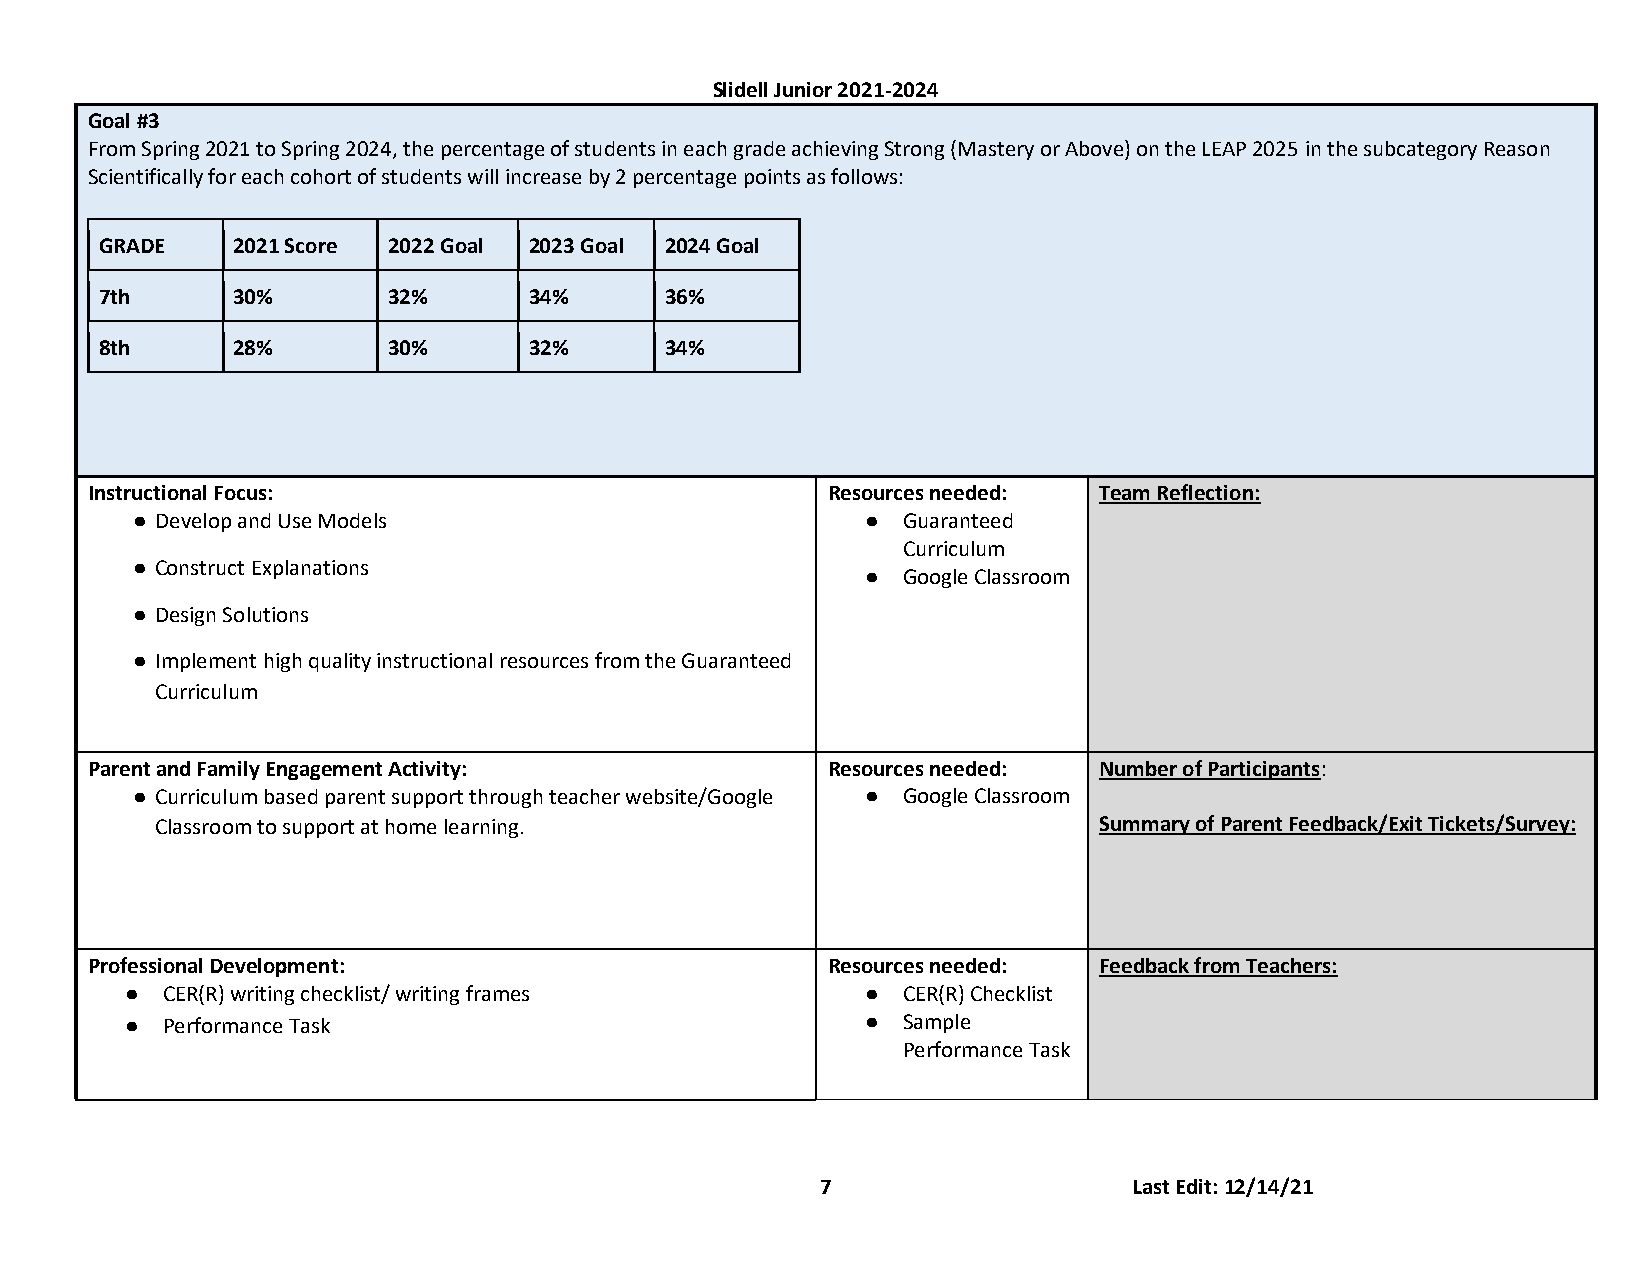
Slidell Junior 2021-2024
 Goal #3
 From Spring 2021 to Spring 2024, the percentage of students in each grade achieving Strong (Mastery or Above) on the LEAP 2025 in the subcategory Reason
 Scientifically for each cohort of students will increase by 2 percentage points as follows:
 GRADE   2021 Score 2022 Goal 2023 Goal 2024 Goal
 7th     30%        32%      34%      36%
 8th     28%        30%      32%      34%
 Instructional Focus:                             Resources needed: Team Reflection:
 ● Develop and Use Models                        ●  Guaranteed
 Curriculum
 ● Construct Explanations
 ●  Google Classroom
 ● Design Solutions
 ● Implement high quality instructional resources from the Guaranteed
 Curriculum
 Parent and Family Engagement Activity:           Resources needed: Number of Participants:
 ● Curriculum based parent support through teacher website/Google ● Google Classroom
 Classroom to support at home learning.                         Summary of Parent Feedback/Exit Tickets/Survey:
 Professional Development:                        Resources needed: Feedback from Teachers:
 ●  CER(R) writing checklist/ writing frames      ●  CER(R) Checklist
 ●  Performance Task                              ●  Sample
 Performance Task
 7                    Last Edit: 12/14/21